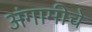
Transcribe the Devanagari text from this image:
अंगामीचे